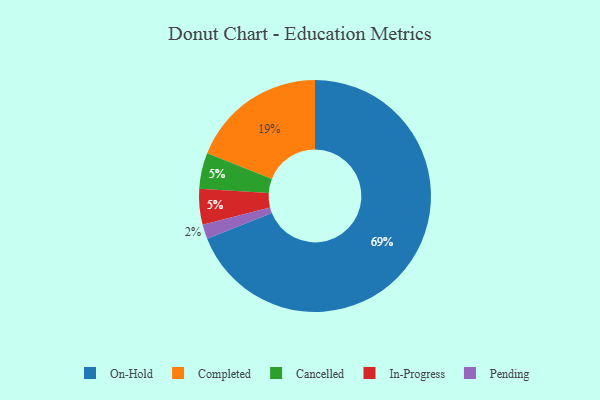
{"axis": {"x": "Category", "y": "Percentage"}, "legend": ["Cancelled", "Completed", "In-Progress", "On-Hold", "Pending"], "data": [{"x": "Cancelled", "y": 5, "type": "Cancelled"}, {"x": "In-Progress", "y": 5, "type": "In-Progress"}, {"x": "On-Hold", "y": 69, "type": "On-Hold"}, {"x": "Pending", "y": 2, "type": "Pending"}, {"x": "Completed", "y": 19, "type": "Completed"}]}